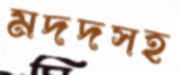
মদদসহ